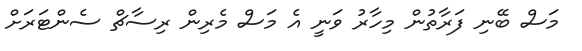
މަސް ބޭނި ފަރާތުން މިހާރު ވަނީ އެ މަސް މެރިން ރިސާޗް ސެންޓަރަށް